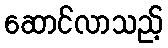
ဆောင်လာသည့်